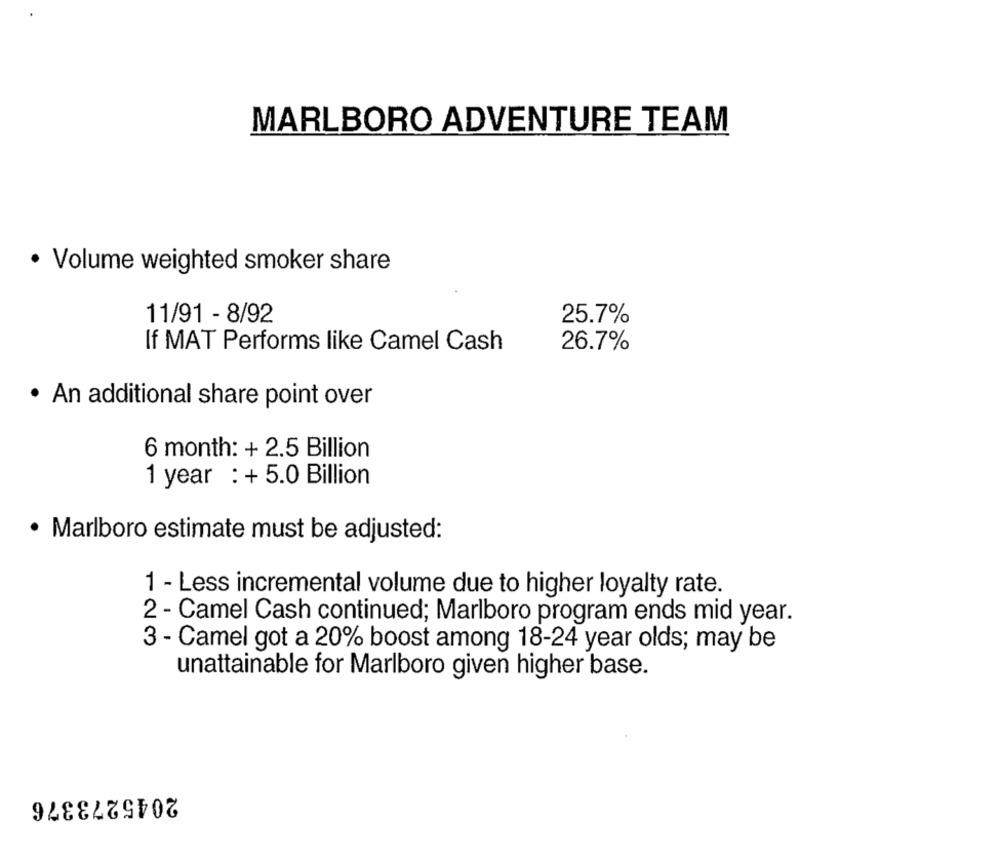
MARLBORO ADVENTURE TEAM
· Volume weighted smoker share
11/91 - 8/92
25.7%
If MAT Performs like Camel Cash
26.7%
· An additional share point over
6 month: + 2.5 Billion
1 year : + 5.0 Billion
· Marlboro estimate must be adjusted:
1 - Less incremental volume due to higher loyalty rate.
2 - Camel Cash continued; Marlboro program ends mid year.
3 - Camel got a 20% boost among 18-24 year olds; may be
unattainable for Marlboro given higher base.
2045273376